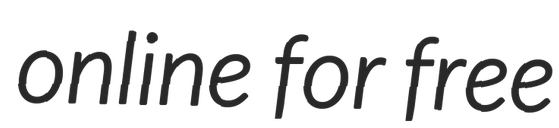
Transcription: online for free